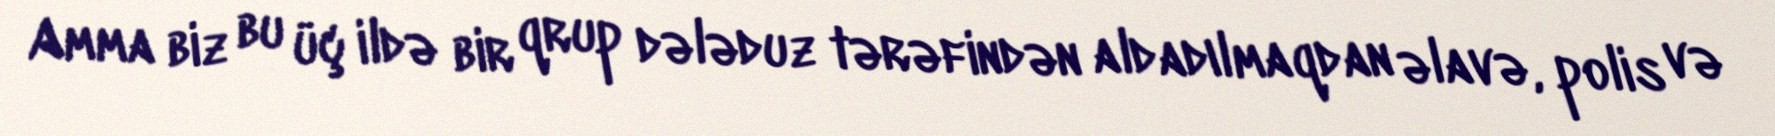
Amma biz bu üç ildə bir qrup dələduz tərəfindən aldadılmaqdan əlavə, polis və